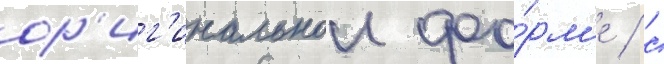
ор'иг'инальнои фо́рм'е / с